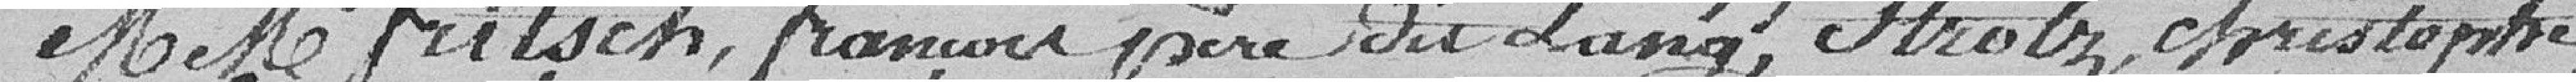
MM. Fritsh, François père dit Lang, Strolz, Christophe,